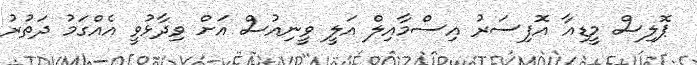
ޕޮލިސް މީޑިއާ އޮފިސަރު އިސްމާއިލް އަލީ ވީނިއުސް އަށް ވިދާޅުވީ އެއްގަމު ދަތުރު